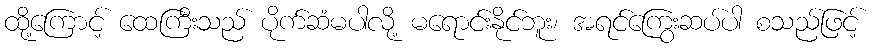
ထို့ကြောင့် ထေကြီးသည် ပိုက်ဆံမပါလို့ မရောင်းနိုင်ဘူး၊ အရင်ကြွေးဆပ်ပါ စသည်ဖြင့်